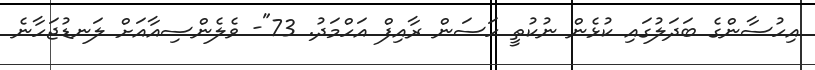
އިހުސާންގެ ބަދަލުގައި ކުޅެން ނުކުތީ ހަސަން ރާއިފް އަހްމަދު. 73"- ވެލެންސިއާއަށް ލަނޑުޖަހާނެ